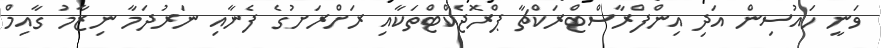
ވަނީ ހައުސިން އަދި އިންފްރާސްޓްރަކްޗާ ޕްރޮޖެކްޓްތަކާއި ރަށްރަށުގެ ފެނާއި ނަރުދަމާ ނިޒާމު ގާއިމް